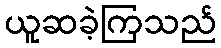
ယူဆခဲ့ကြသည်